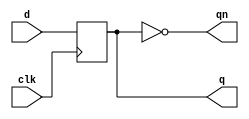
//
// SPDX-FileCopyrightText: Copyright 2023 Darryl Miles
// SPDX-License-Identifier: Apache2.0
//
`default_nettype none
`ifdef TIMESCALE
`timescale 1ns/1ps
`endif
//
// MetaData-1.0::
// Module-Name: dffqn_negedge
// Module-Language: Verilog-200?
// Input-Count: 2
// input-1: clk Clock (negedge)
// input-2: d data
// Output-Count: 2
// Output-1: q Q
// Output-2: qn Q-Inverted
//
//
//  D Flip-Flop (verilog register simulation)
//
//
//
module dffqn_negedge (
    input  wire			clk,
    input  wire			d,

    output  reg			q,
    output wire			qn
);

    always @(negedge clk) begin
        q <= d;
    end

    assign qn = ~q;

endmodule